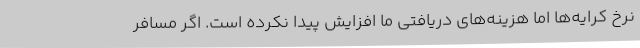
نرخ کرایه‌ها اما هزینه‌های دریافتی ما افزایش پیدا نکرده است. اگر مسافر